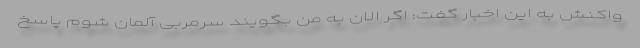
واکنش به این اخبار گفت: اگر الان به من بگویند سرمربی آلمان شوم پاسخ